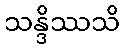
သန္ဒိဿသိ